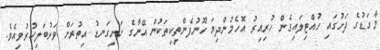
މާގަޑުގެ ދަށުގައި ހުއްޓިލައިގެން ހުރިއިރު އޮހެމުންދިޔަ ހޫނުފެންތިކިތަކުން އޭނާގެ ހަށިގަނޑު އިތުރަށް ވަރުބަލިކުރުވިއެވެ.